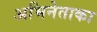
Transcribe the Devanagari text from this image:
अभिनेताका